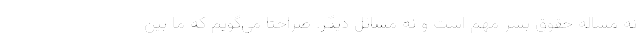
نه مساله حقوق بشر مهم است و نه مسائل ديگر. صراحتا مي‌گويم كه ما بين